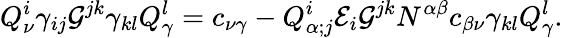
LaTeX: Q_{\nu}^{i}\gamma_{ij}{\cal G}^{jk}\gamma_{kl}Q_{\gamma}^{l}=c_{\nu\gamma}-Q_{\alpha;j}^{i}{\cal E}_{i}{\cal G}^{jk}N^{\alpha\beta}c_{\beta\nu}\gamma_{kl}Q_{\gamma}^{l}.